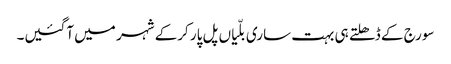
سورج کے ڈھلتے ہی بہت ساری بلّیاں پل پار کرکے شہر میں آگئیں۔